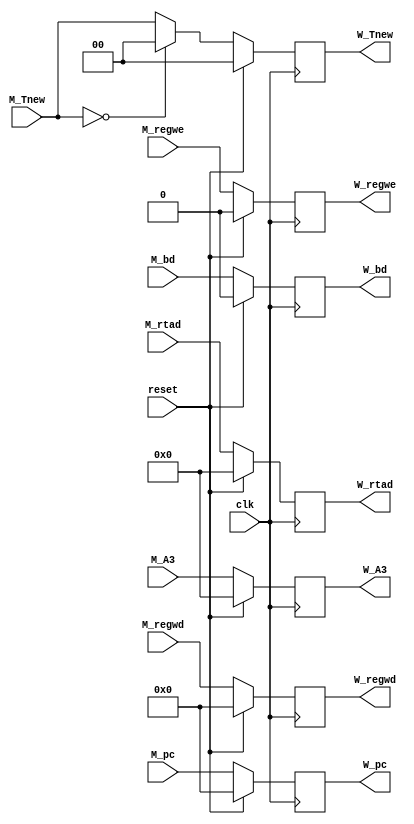
module W_reg (
    input [31:0] M_pc,
    output [31:0] W_pc,
    input M_regwe,
    output W_regwe,
    input [4:0] M_A3,
    output [4:0] W_A3,
    input [31:0] M_regwd,
    output [31:0] W_regwd,
    input [1:0] M_Tnew,
    output [1:0] W_Tnew,
    input [4:0] M_rtad,
    output [4:0] W_rtad,
    input M_bd,
    output W_bd,
    input clk,
	input reset
);
    reg [31:0] reg_W_pc ;
    reg reg_W_regwe ;
    reg [4:0] reg_W_A3 ;
    reg [31:0] reg_W_regwd ;
    reg [1:0] reg_W_Tnew ;
    reg [4:0] reg_W_rtad ;
    reg reg_W_bd ;
    always @(posedge clk) begin
		if(reset == 1) begin
		  reg_W_pc <= 0 ;
        reg_W_regwe <= 0 ;
        reg_W_A3 <= 0 ;
        reg_W_regwd <= 0 ;
        reg_W_Tnew <= 0 ;
        reg_W_rtad <= 0 ;
        reg_W_bd <= 0 ;
		end
		else begin
        reg_W_bd <= M_bd ;
        reg_W_pc <= M_pc ;
        reg_W_regwe <= M_regwe ;
        reg_W_A3 <= M_A3 ;
        reg_W_regwd <= M_regwd ;
        if (M_Tnew == 0) reg_W_Tnew <= 0 ;
        else reg_W_Tnew <= M_Tnew ;
        reg_W_rtad <= M_rtad ;
		 end
    end
    assign W_bd = reg_W_bd ;
    assign W_pc = reg_W_pc ;
    assign W_regwe = reg_W_regwe ;
    assign W_A3 = reg_W_A3 ;
    assign W_regwd = reg_W_regwd ;
    assign W_Tnew = reg_W_Tnew ;
    assign W_rtad = reg_W_rtad ;
endmodule //W_reg